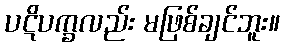
ပဋိပက္ခလည်း မဖြစ်ချင်ဘူး။